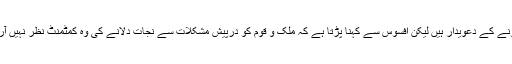
حکمران اقبال و قائد کے وارث ہونے کے دعویدار ہیں لیکن افسوس سے کہنا پڑتا ہے کہ ملک و قوم کو درپیش مشکلات سے نجات دلانے کی وہ کمٹمنٹ نظر نہیں آرہی جس کے حالات متقاضی ہیں۔